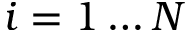
i = 1 \dots N